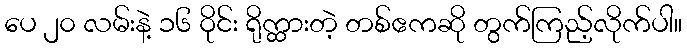
ပေ ၂၀ လမ်းနဲ့ ၁၆ ဝိုင်း ရိုက္ထားတဲ့ တစ်ဧကဆို တွက်ကြည့်လိုက်ပါ။